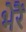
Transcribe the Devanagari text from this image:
भेरैं